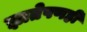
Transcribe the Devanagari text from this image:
ज्ञातेपणही